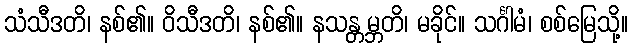
သံသီဒတိ၊ နစ်၏။ ဝိသီဒတိ၊ နစ်၏။ နသန္တမ္ဘတိ၊ မခိုင်။ သင်္ဂါမံ၊ စစ်မြေသို့။